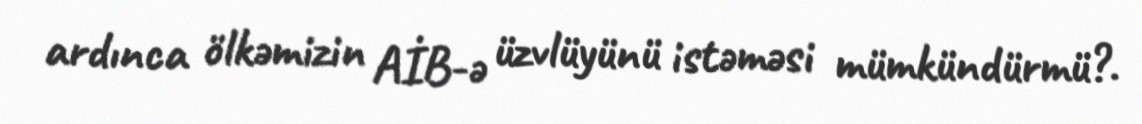
ardınca ölkəmizin AİB-ə üzvlüyünü istəməsi mümkündürmü?.